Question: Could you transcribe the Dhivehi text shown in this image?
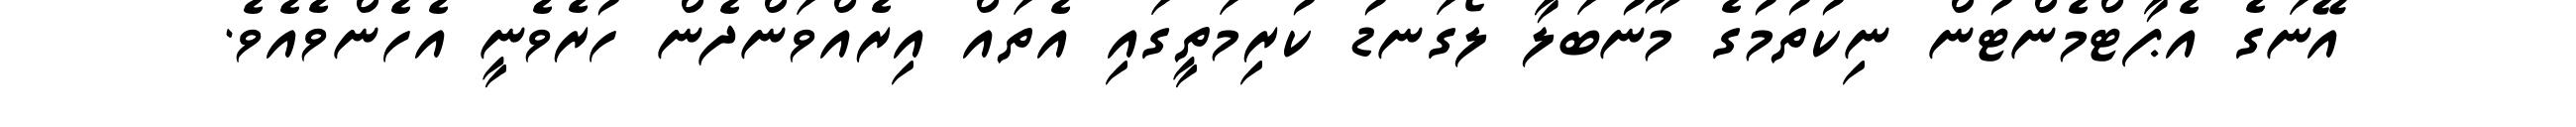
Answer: އޭނަގެ އެޕާޓްމެންޓުން ނިކުތުމުގެ މޫނުބަލާ ލޯގަނޑު ކުރިމަތީގައި އެތައް އިރެއްވަންދެން ހުރެވެނީ އެހެންވެއެވެ.